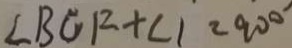
\angle B C F + \angle 1 = 9 0 ^ { \circ }